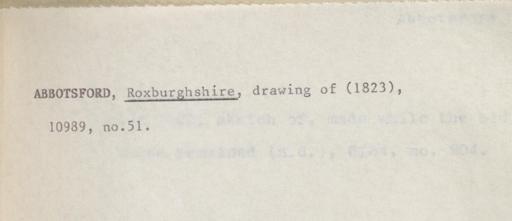
Label: content